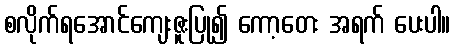
စလိုက်ရအောင်ကျေးဇူးပြု၍ ကော့တေး အရက် ပေးပါ။